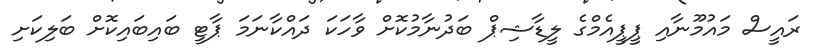
ރައީސް މައުމޫނާއި ޕީޕީއެމްގެ ލީޑާޝިޕް ބަދުނާމުކޮށް ވާހަކަ ދައްކާނަމަ ޕާޓީ ބައިބައިކޮށް ބަލިކަށި